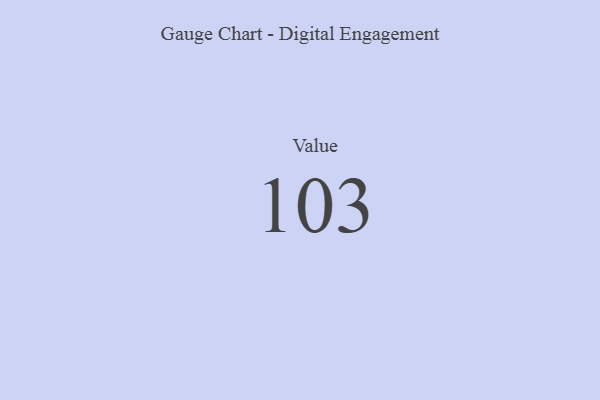
{"axis": {"x": "Metric", "y": "Value"}, "legend": [""], "data": [{"x": "Value", "y": 103, "type": ""}]}